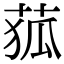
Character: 𦱄